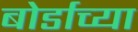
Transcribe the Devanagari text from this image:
बोर्डाच्‍या